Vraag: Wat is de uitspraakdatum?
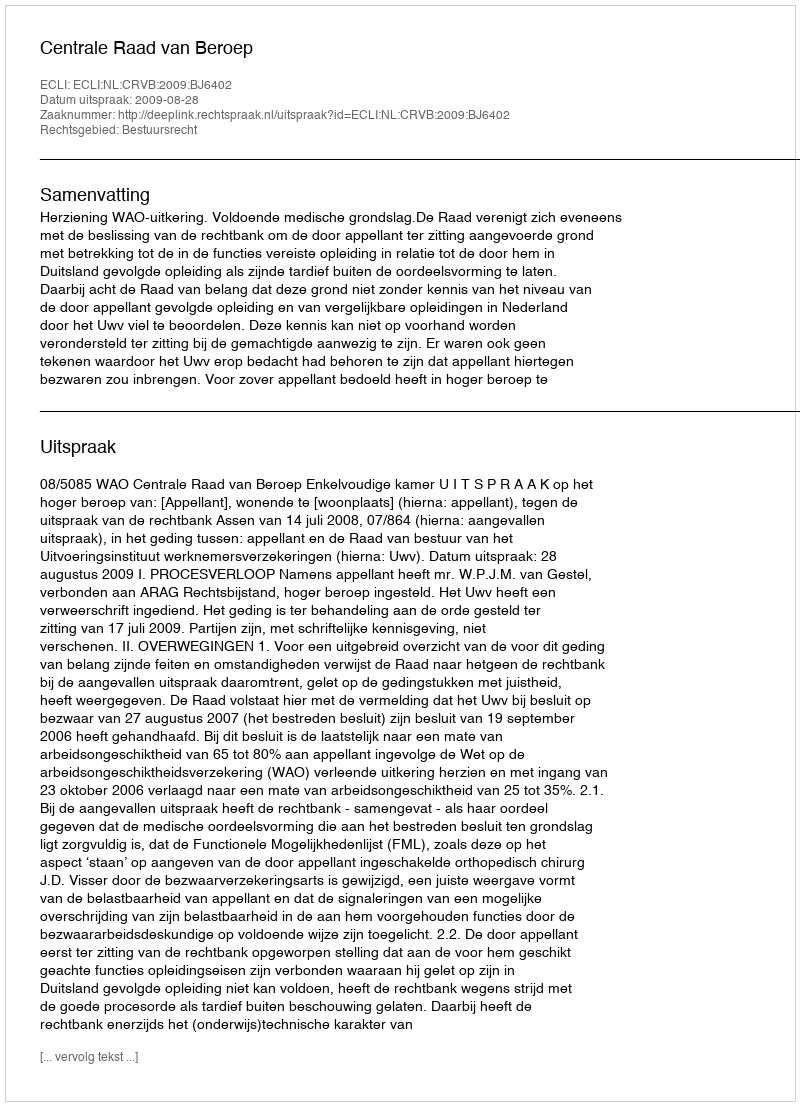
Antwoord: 2009-08-28